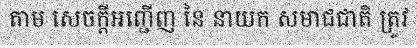
តាម សេចក្តីអញ្ជើញ នៃ នាយក សមាជជាតិ ត្រូវ